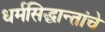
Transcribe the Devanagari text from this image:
धर्मसिद्धान्तांचे